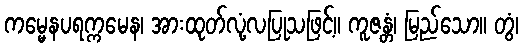
ကမ္မေနပရက္ကမေန၊ အားထုတ်လုံ့လပြုသဖြင့်။ ကူဇန္တံ၊ မြည်သော။ တွံ၊